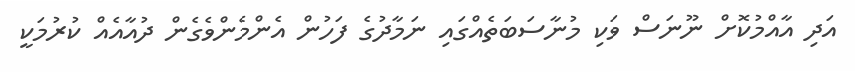
އަދި އާއްމުކޮށް ނޫނަސް ވަކި މުނާސަބަތެއްގައި ނަމާދުގެ ފަހުން އެންމެންވެގެން ދުއާއެއް ކުރުމަކީ